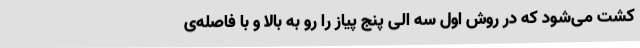
کشت می‌شود که در روش اول سه الی پنج پیاز را رو به بالا و با فاصله‌ی